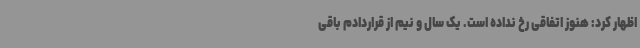
اظهار کرد: هنوز اتفاقی رخ نداده است. یک سال و نیم از قراردادم باقی